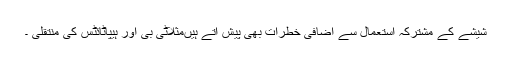
شیشے کے مشترکہ استعمال سے اضافی خطرات بھی پیش آتے ہیںمثلاًٹی بی اور ہیپاٹائٹس کی منتقلی ۔